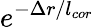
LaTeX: e^{-\Delta r/l_{cor}}